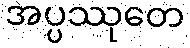
အပ္ပဿုတေ